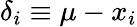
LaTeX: \delta_{i}\equiv\mu-x_{i}